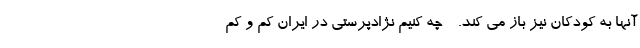
آنها به کودکان نیز باز می کند. - چه کنیم نژادپرستی در ایران کم و کم